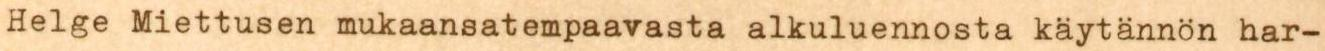
Helge Miettusen mukaansatempaavasta alkuluennosta käytännön har-